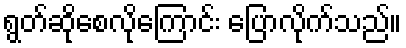
ရွတ်ဆိုစေလိုကြောင်း ပြောလိုက်သည်။